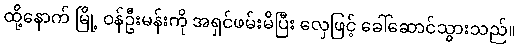
ထို့နောက် မြို့ ဝန်ဦးမန်းကို အရှင်ဖမ်းမိပြီး လှေဖြင့် ခေါ်ဆောင်သွားသည်။